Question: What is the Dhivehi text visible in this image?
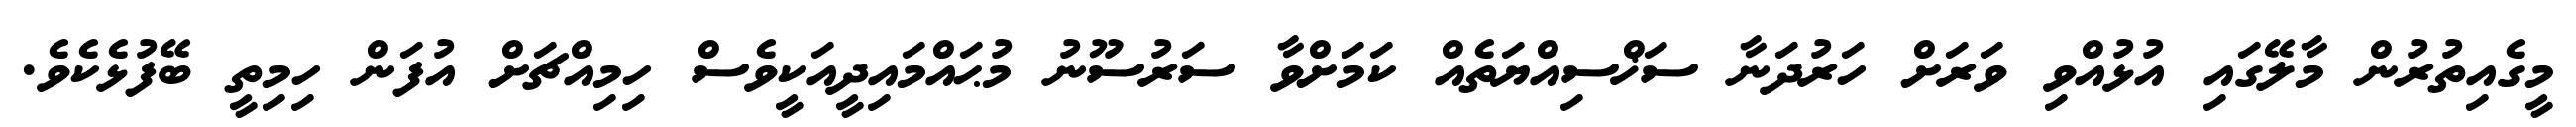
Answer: މީގެއިތުރުން މާލޭގައި އުޅުއްވި ވަރަށް ހަރުދަނާ ސަޚްސިއްޔަތެއް ކަމަށްވާ ސަރުސޫނު މުޙައްމައިދީއަކީވެސް ހިމިއްޗަށް އުފަން ހިމިތީ ބޭފުޅެކެވެ.